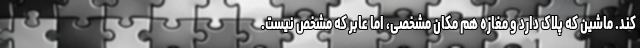
کند. ماشین که پلاک دارد و مغازه هم مکان مشخصی، اما عابر که مشخص نیست.